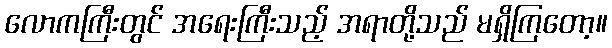
လောကကြီးတွင် အရေးကြီးသည့် အရာတို့သည် မရှိကြတော့။